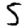
Digit: 5